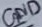
Text: GND